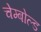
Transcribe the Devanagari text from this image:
चेम्बोल्ड